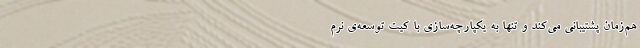
هم‌زمان پشتیبانی می‌کند و تنها به یکپارچه‌سازی با کیت توسعه‌ی نرم